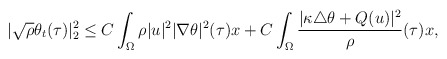
\begin{align*}|\sqrt{\rho}\theta_t(\tau)|^2_2\leq C\int_{\Omega} \rho |u|^2|\nabla \theta|^2(\tau)x+C\int_{\Omega} \frac{|\kappa\triangle \theta+Q(u)|^2}{\rho}(\tau)x,\end{align*}